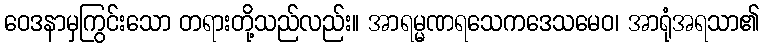
ဝေဒနာမှကြွင်းသော တရားတို့သည်လည်း။ အာရမ္မဏရသေကဒေသမေဝ၊ အာရုံအရသာ၏